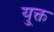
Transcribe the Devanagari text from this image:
यु्क्त